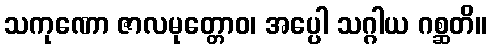
သကုဏော ဇာလမုတ္တောဝ၊ အပ္ပေါ သဂ္ဂါယ ဂစ္ဆတိ။